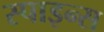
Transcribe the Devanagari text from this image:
स्पाइन्स